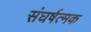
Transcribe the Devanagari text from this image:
संघर्षत्मक